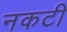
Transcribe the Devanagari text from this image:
नकटी